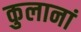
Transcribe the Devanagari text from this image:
कुलानां